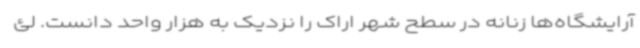
آرایشگاه‌ها زنانه در سطح شهر اراک را نزدیک به هزار واحد دانست. لئ